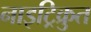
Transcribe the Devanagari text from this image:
नाइट्रिक्रुत